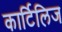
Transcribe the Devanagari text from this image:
कार्टिलिज